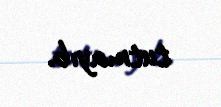
tutmayıb.